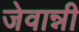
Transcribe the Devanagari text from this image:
जेवान्नी